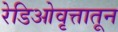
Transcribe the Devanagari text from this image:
रेडिओवृत्तातून